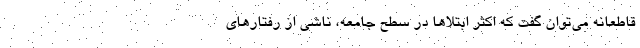
قاطعانه می‌توان گفت که اکثر ابتلاها در سطح جامعه، ناشی از رفتارهای